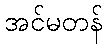
အင်မတန်